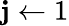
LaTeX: \mathbf{j}\gets1